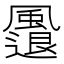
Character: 𩘬